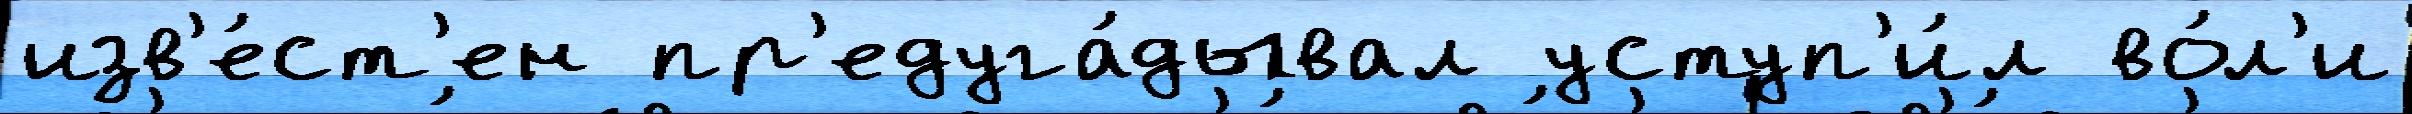
изв'е́ст'ен пр'едуга́дывал уступ'и́л во́л'и